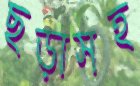
ছড়াসহ